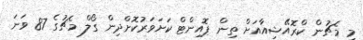
މި މެޗުން ކްރޮއޭޝިއާއަށް ތިން ޕޮއިންޓް ކަށަވަރުކޮށްދިން ގޯލް މެޗުގެ 87 ވަނަ